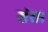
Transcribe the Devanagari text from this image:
संस।